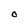
Character: O